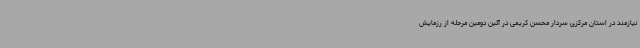
نیازمند در استان مرکزی سردار محسن کریمی در آئین دومین مرحله از رزمایش